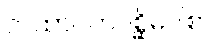
တထာဂတပစ္ဆိမဝါစာ